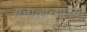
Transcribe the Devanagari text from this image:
सनात्यन्यांच्या